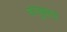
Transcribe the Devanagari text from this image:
वाजूमाता